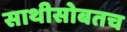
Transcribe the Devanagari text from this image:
साथीसोबतच